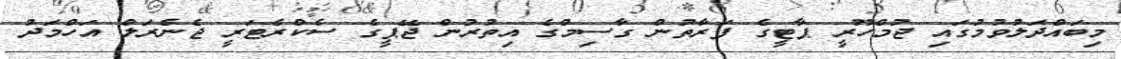
މިބައްދަލުވުމުގައި ޖުމްހޫރީ ޕާޓީގެ ފަރާތުން ގާސިމްގެ އިތުރުން ޖޭޕީގެ ސެކްރެޓަރީ ޖެނެރަލް އަހްމަދު